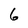
Character: 6